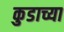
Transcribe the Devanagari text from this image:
कुडाच्या